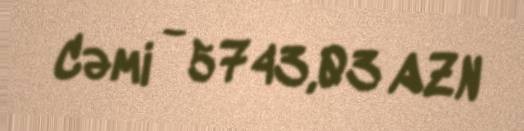
Cəmi - 5743,03 AZN